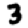
Digit: 3